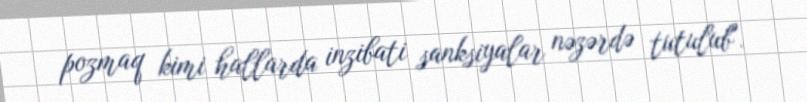
pozmaq kimi hallarda inzibati sanksiyalar nəzərdə tutulub".